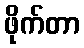
ဖိုက်တာ